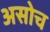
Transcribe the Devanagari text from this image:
असोच